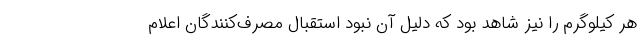
هر کیلوگرم را نیز شاهد بود که دلیل آن نبود استقبال مصرف‌کنندگان اعلام